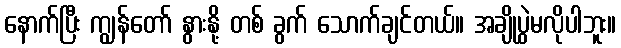
နောက်ပြီး ကျွန်တော် နွားနို့ တစ် ခွက် သောက်ချင်တယ်။ အချိုပွဲမလိုပါဘူး။